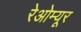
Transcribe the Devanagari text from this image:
रेओम्यूर